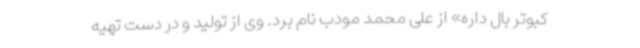
کبوتر بال داره» از علی محمد مودب نام برد. وی از تولید و در دست تهیه